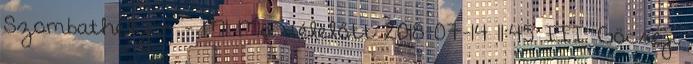
Szombathelyen - M1 Ma délelőtt 2018-07-14 11:45 III. Göcseji